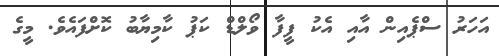
އަހަރު ސްޕެއިން އާއި އެކު ފީފާ ވޯލްޑް ކަޕު ކާމިޔާބު ކޮށްފައެވެ. މީގެ